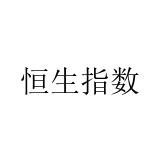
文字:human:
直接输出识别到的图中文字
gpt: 恒生指数